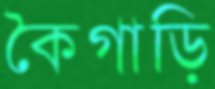
কৈগাড়ি